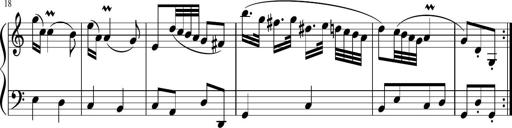
Title: 12 Keyboard Sonatinas
Composer: James Hook